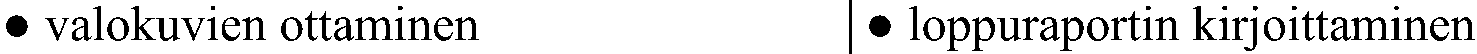
● valokuvien ottaminen      ● loppuraportin kirjoittaminen